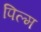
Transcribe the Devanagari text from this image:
पिल्म